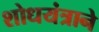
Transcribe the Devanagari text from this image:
शोधयंत्राने